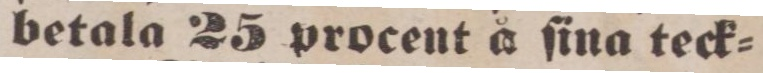
betala 25 procent å ſina teck=